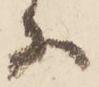
等